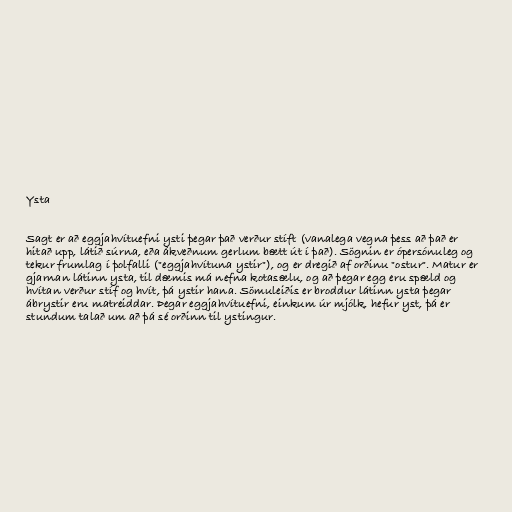
Ysta

Sagt er að eggjahvítuefni ysti þegar það verður stíft (vanalega vegna þess að það er
hitað upp, látið súrna, eða ákveðnum gerlum bætt út í það). Sögnin er ópersónuleg og
tekur frumlag í þolfalli ("eggjahvítuna ystir"), og er dregið af orðinu "ostur". Matur er
gjarnan látinn ysta, til dæmis má nefna kotasælu, og að þegar egg eru spæld og
hvítan verður stíf og hvít, þá ystir hana. Sömuleiðis er broddur látinn ysta þegar
ábrystir eru matreiddar. Þegar eggjahvítuefni, einkum úr mjólk, hefur yst, þá er
stundum talað um að þá sé orðinn til ystingur.